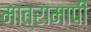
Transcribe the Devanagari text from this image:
मात्रामापी